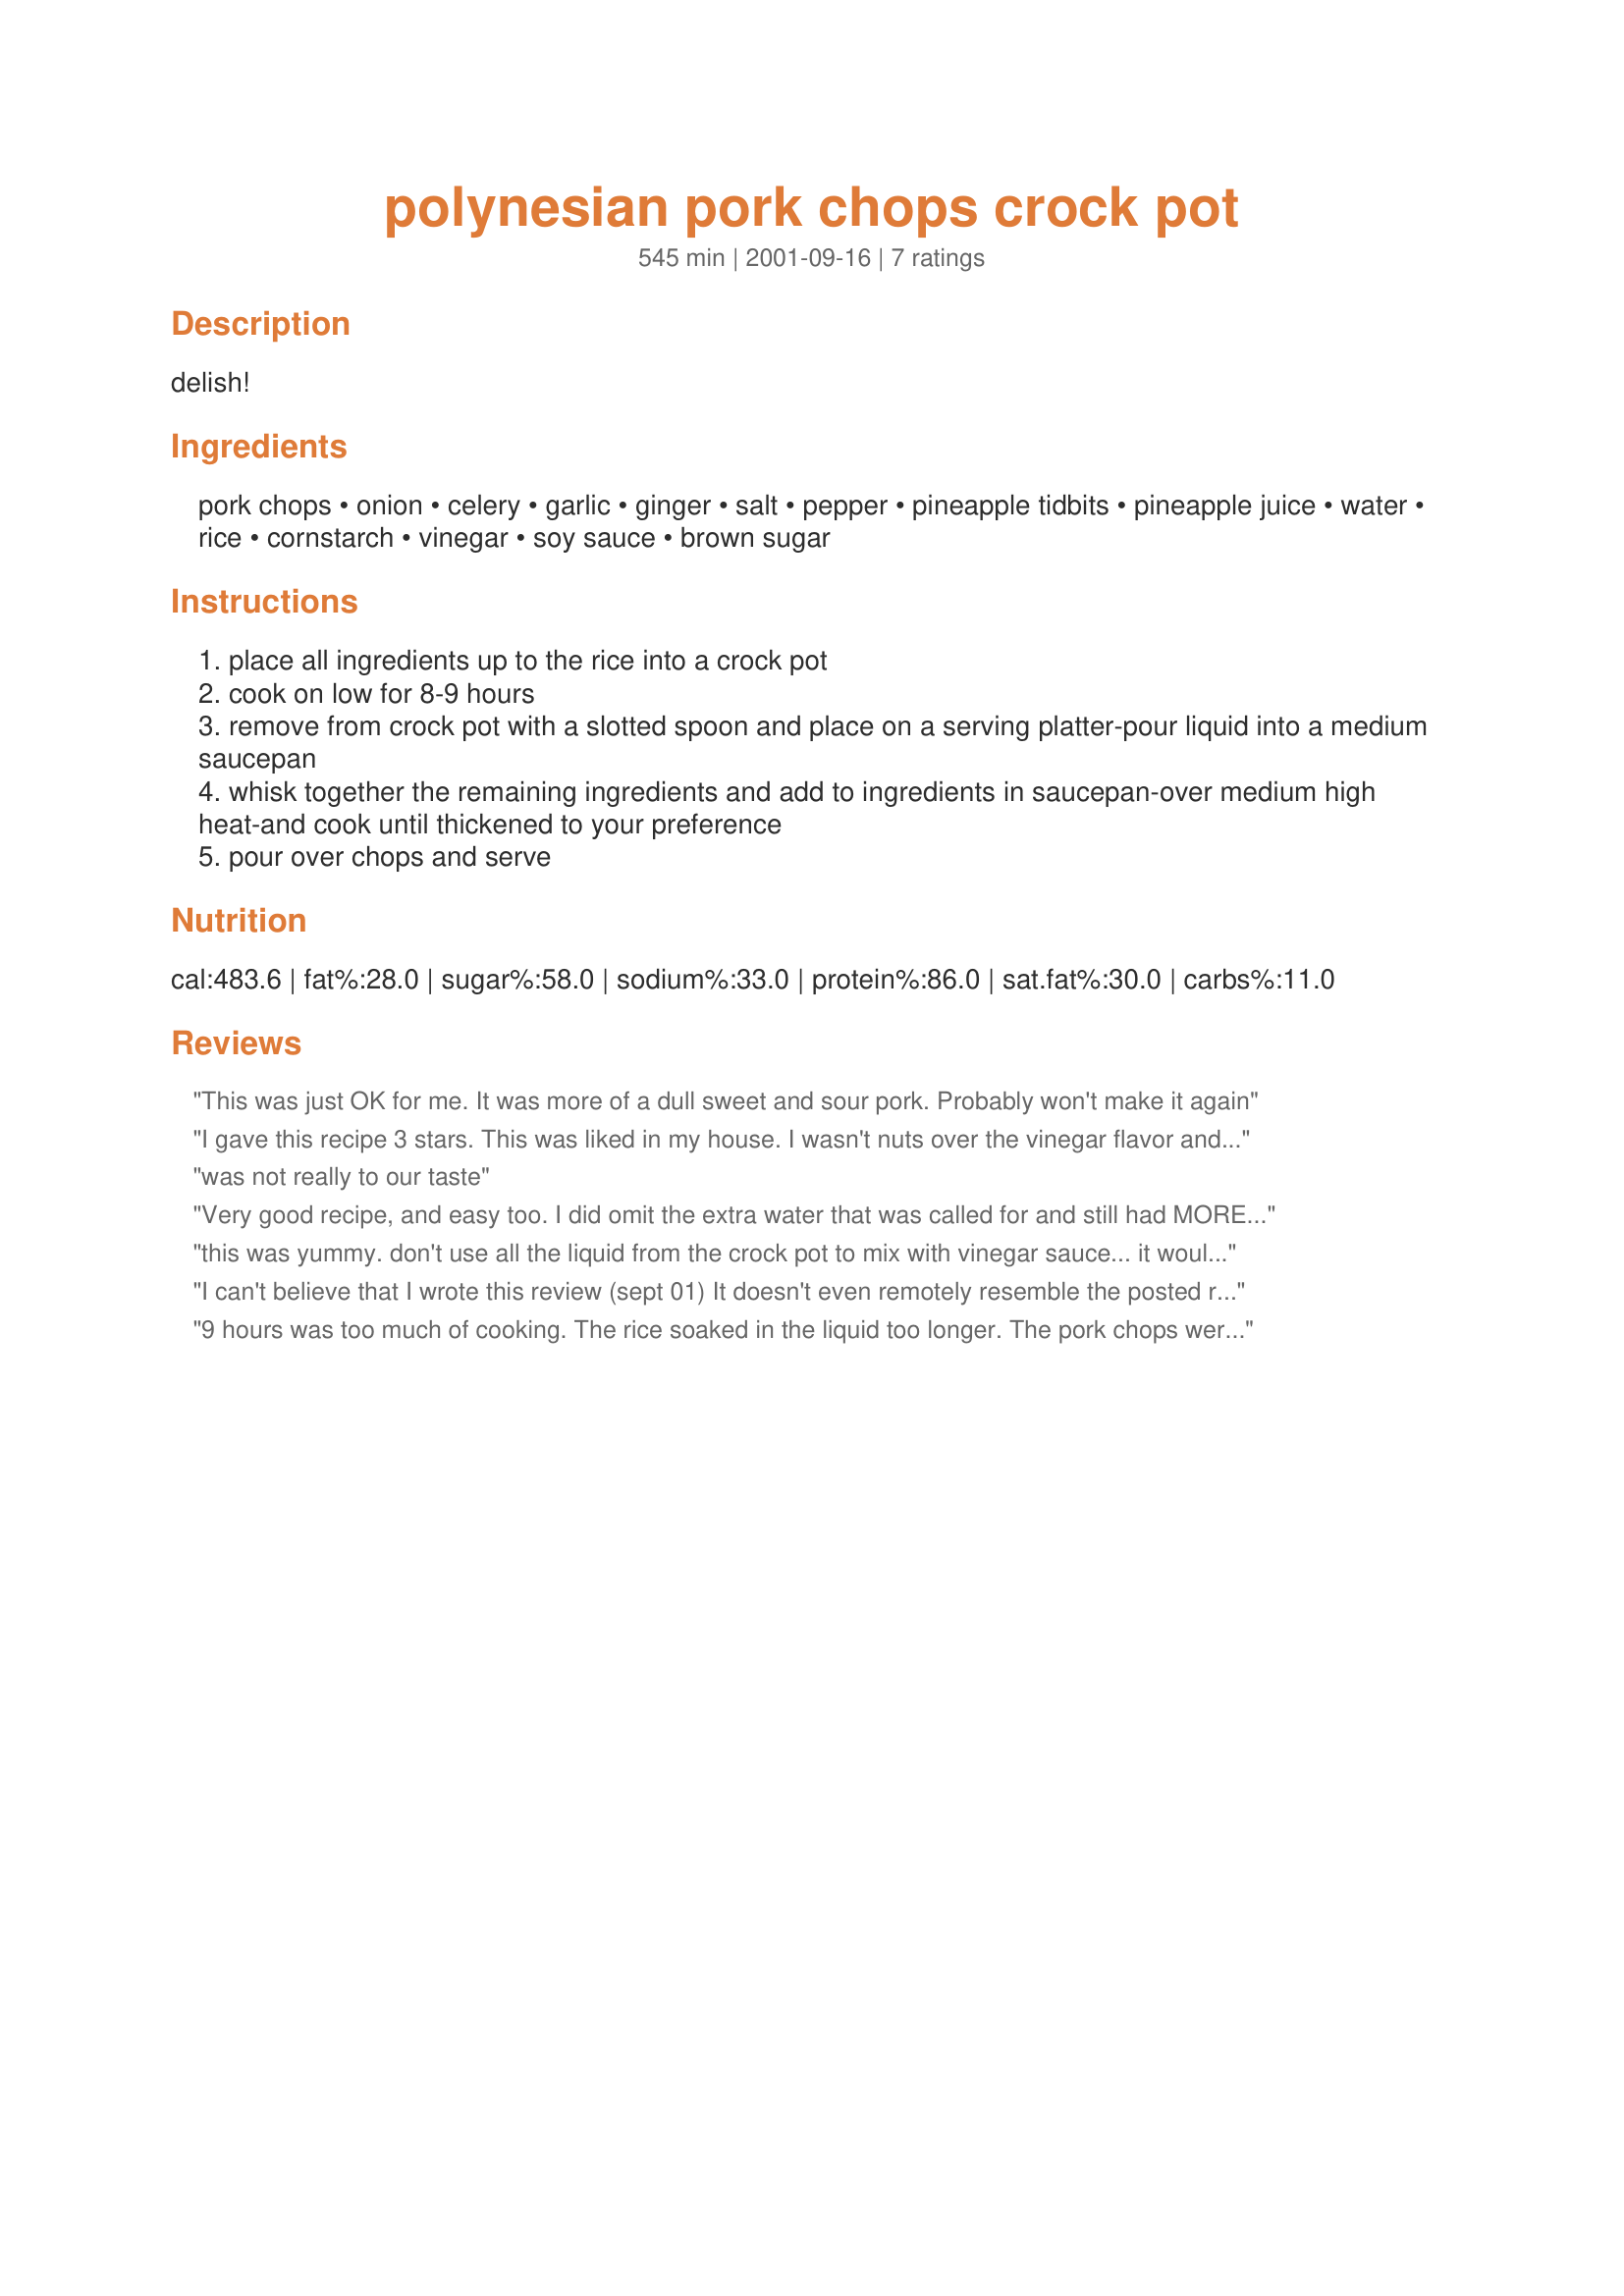
polynesian pork chops crock pot
Preparation time: 545 minutes

delish!

Ingredients:
pork chops, onion, celery, garlic, ginger, salt, pepper, pineapple tidbits, pineapple juice, water, rice, cornstarch, vinegar, soy sauce, brown sugar

Steps:
place all ingredients up to the rice into a crock pot
cook on low for 8-9 hours
remove from crock pot with a slotted spoon and place on a serving platter-pour liquid into a medium saucepan
whisk together the remaining ingredients and add to ingredients in saucepan-over medium high heat-and cook until thickened to your preference
pour over chops and serve

Reviews:
This was just OK for me. It was more of a dull sweet and sour pork. Probably won't make it again
I gave this recipe 3 stars. This was liked in my house. I wasn't nuts over the vinegar flavor and I thought this would taste sweeter. This could be because I mixed the ingredients except the pork chops and rice the night before. As a reviewer sais the rice does get over cooked. I think I'll cook some quick cooking rice and try this again but adding it at the last minute. I think that I leave out the vinegar next time a use pineapple juice. I did use Splenda brown sugar for the brown sugar. Overall this was a good recipe. Thanks for posting a good recipe! Christine (internetnut)
was not really to our taste
Very good recipe, and easy too. I did omit the extra water that was called for and still had MORE than enough liquid to make the sauce.
Next time I think I will reduce the sauce by half before adding the rest of the ingredients.
this was yummy. don't use all the liquid from the crock pot to mix with vinegar sauce... it would be too runny. i let mine cook down a bit so it was thick. my husband really like the dish - the chops were very tender. crock pot cooking is awesome!
I can't believe that I wrote this review (sept 01) It doesn't even remotely resemble the posted recipe:
My dinner turned out great using your recipe but having to change a few things. I didn't have any pineapple so I used a tin of cranberries and instead of pinapple juice I used a tin of condensed Vegetable broth with onions, then adjusted the seasoning to match with the altered ingredients..Oh yes I used country spare ribs. It was enjoyed by all! Thanks Diana

Added comments 25 June 04- Well I made this recipe again - this time using the recipe ingredients it was great -Oh Oh- I did add 1 tbsp of Denzel's Kamikazi hot sauce - Thanks again Di

9 hours was too much of cooking. The rice soaked in the liquid too longer. The pork chops were dry. But the taste is good. Next time, I'll cook this 7 hours at first and then 1 hour more if needed. I couldn't do the sauce cause I didn't have liquid left.
